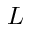
L